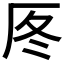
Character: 𠩁